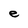
Character: e